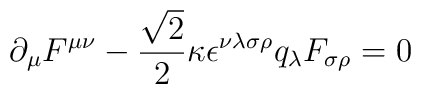
\partial_{\mu}  F^{\mu\nu} - \frac{\sqrt{2}}{2} \kappa\epsilon^{\nu\lambda\sigma\rho} q_{\lambda} F_{\sigma\rho} = 0